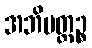
အဘိမတ္တဉ္စ